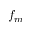
f _ { m }